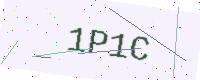
Text: 1P1C